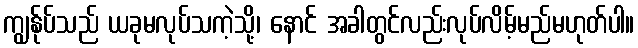
ကျွန်ုပ်သည် ယခုမလုပ်သကဲ့သို့၊ နောင် အခါတွင်လည်းလုပ်လိမ့်မည်မဟုတ်ပါ။